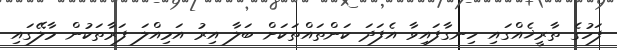
ފަހުގެ ތާރީޚެއްގައި ހިނގާފައިވާ އެފަދަ ކަންތައްތަކަށް ބަލާ އިރު އަމިއްލަ ފަރާތަކުން މާލޭގައި